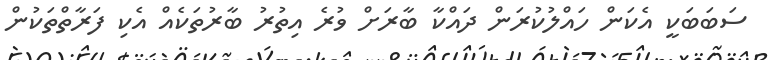
ސަބަބަކީ އެކަން ހައްލުކުރަން ދައްކާ ބާރަށް ވުރެ އިތުރު ބާރުތަކެއް އެކި ފަރާތްތަކުން